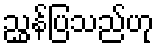
ညွှန်ပြသည်ဟု